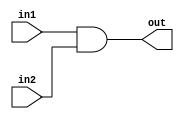
module bit32and(out,in1,in2);
    input [31:0]in1,in2;
    output [31:0]out;

    assign {out}=in1&in2;
endmodule